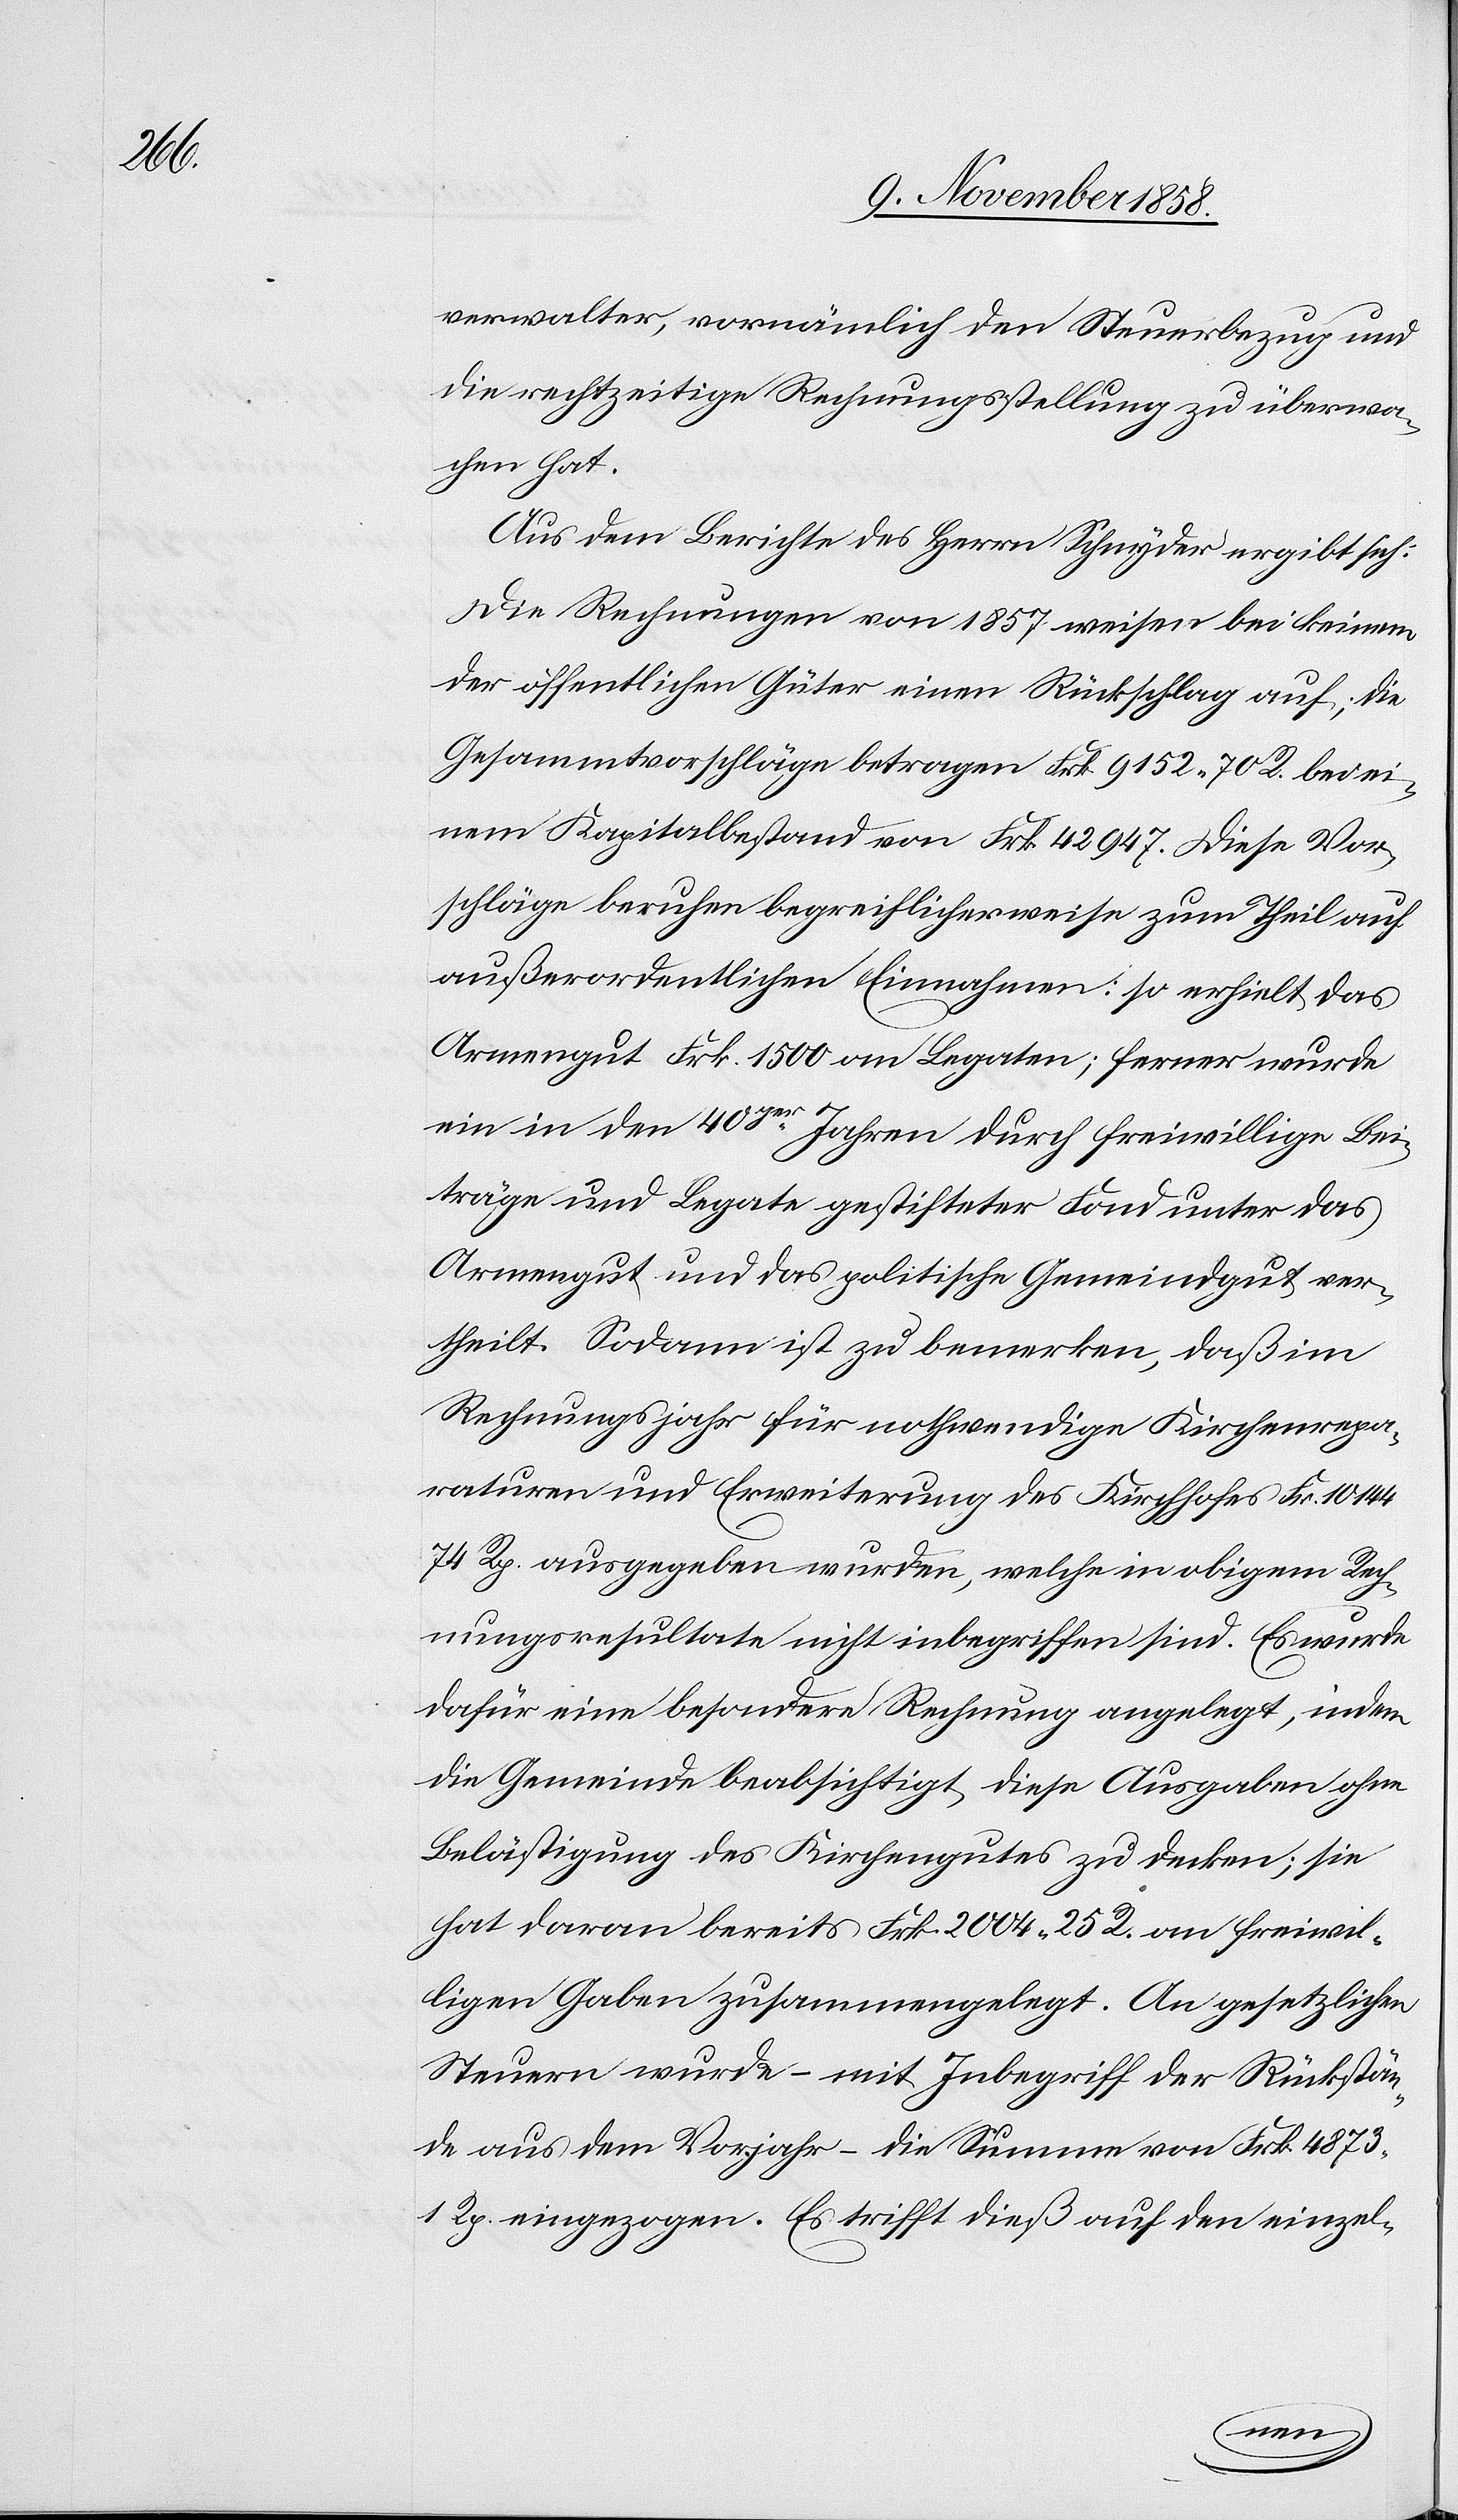
verwalter, vornämlich den Steuerbezug und
die rechtzeitige Rechnungsstellung zu überwa¬
chen hat.
Aus dem Berichte des Herrn Schnyder ergibt sich:
Die Rechnungen von 1857 weisen bei keinem
der öffentlichen Güter einen Rückschlag auf; die
Gesammtvorschläge betragen Frk. 9152 70 R. bei ei¬
nem Kapitalbestand von Frk. 42 947. Diese Vor¬
schläge beruhen begreiflicherweise zum Theil auf
außerordentlichen Einnahmen: so erhielt das
Armengut Frk. 1500 an Legaten; ferner wurde
ein in den 40ger Jahren durch freiwillige Bei¬
träge und Legate gestifteter Fond unter das
Armengut und das politische Gemeindgut ver¬
theilt. Sodann ist zu bemerken, daß im
Rechnungsjahr für nothwendige Kirchenrepa¬
raturen und Erweiterung des Kirchhofes Fr. 10 144
74 Rp. ausgegeben wurden, welche in obigem Rech¬
nungsresultate nicht inbegriffen sind. Es wurde
dafür eine besondere Rechnung angelegt, indem
die Gemeinde beabsichtigt, diese Ausgaben ohne
Belästigung des Kirchengutes zu decken; sie
hat daran bereits Frk. 2004 25 R. an freiwil¬
ligen Gaben zusammengelegt. An gesetzlichen
Steuern wurde – mit Inbegriff der Rückstän¬
de aus dem Vorjahr – die Summe von Frk. 4873
1 Rp. eingezogen. Es trifft dieß auf den einzel-